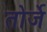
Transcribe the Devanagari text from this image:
तोर्जे